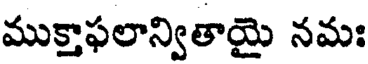
ముక్తాఫలాన్వితాయై నమః